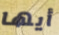
أيها